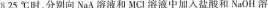
8.25℃时，分别向NaA溶液和MCl溶液中加入盐酸和NaOH溶